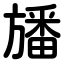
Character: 旙